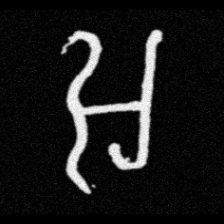
Pyu character \u2014 Myanmar letter: အ (romanized: a)